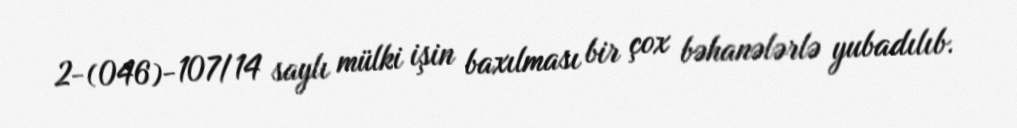
2-(046)-107/14 saylı mülki işin baxılması bir çox bəhanələrlə yubadılıb.